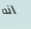
انه